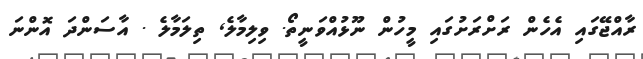
ރާއްޖޭގައި އެހެން ރަށްރަށުގައި މީހުން ނޫޅުއްވަނީތޯ. ވިލިމާލެ